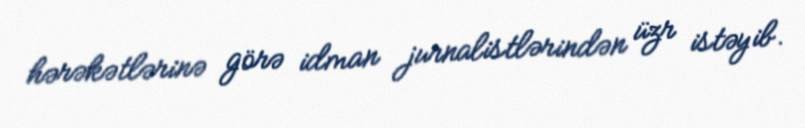
hərəkətlərinə görə idman jurnalistlərindən üzr istəyib.